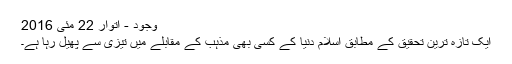
وجود - اتوار 22 مئی 2016
ایک تازہ ترین تحقیق کے مطابق اسلام دنیا کے کسی بھی مذہب کے مقابلے میں تیزی سے پھیل رہا ہے۔